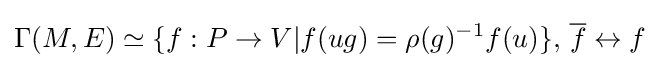
\Gamma (M,E)\simeq \{f:P\to V|f(ug)=\rho (g)^{-1}f(u)\},\,{\overline {f}}\leftrightarrow f